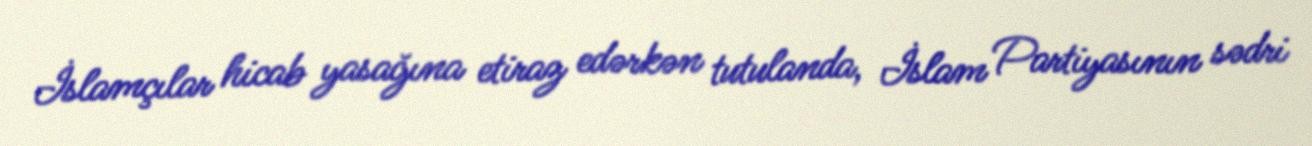
İslamçılar hicab yasağına etiraz edərkən tutulanda, İslam Partiyasının sədri